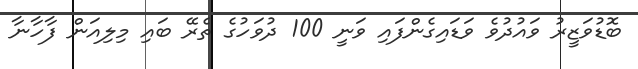
ބޮޑުވަޒީރު ވައުދުވެ ވަޑައިގެންފައި ވަނީ 100 ދުވަހުގެ ތެރޭ ބައި މިލިއަން ފާހާނާ